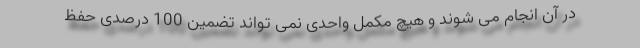
در آن انجام می شوند و هیچ مکمل واحدی نمی تواند تضمین 100 درصدی حفظ